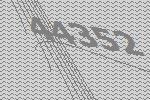
44352